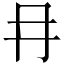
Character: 冄